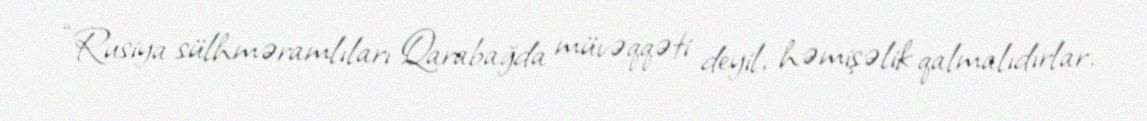
“Rusiya sülhməramlıları Qarabağda müvəqqəti deyil, həmişəlik qalmalıdırlar.